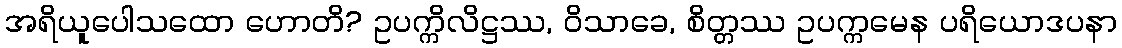
အရိယူပေါသထော ဟောတိ? ဥပက္ကိလိဋ္ဌဿ, ဝိသာခေ, စိတ္တဿ ဥပက္ကမေန ပရိယောဒပနာ